Indian journal of veterinary science and animal husbandry - Volume 3,
Year: 1933
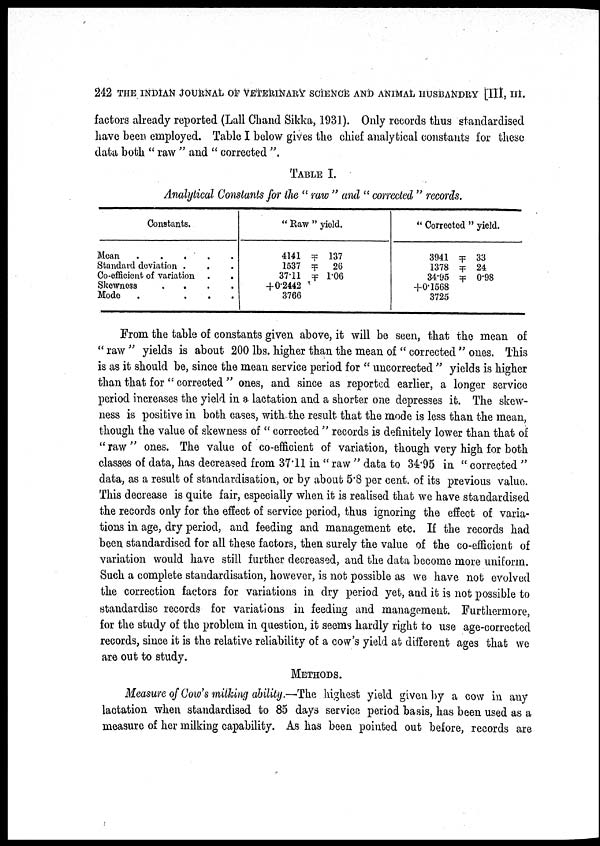
242 THE INDIAN JOURNAL OF VETERINARY SCIENCE AND ANIMAL HUSBANDRY [III, III.
factors already reported (Lall Chand Sikka, 1931). Only records thus standardised
have been employed. Table I below gives the chief analytical constants for these
data both " raw " and " corrected ".
TABLE I.
Analytical Constants for the " raw " and " corrected " records.
Constants.
Mean
.
.
.
.
.
Standard deviation .
.
Co-efficient of variation . .
Skewness
....
Mode
.
...
" Raw " yield.
4141 ╤ 137
1537 ╤ 26
37.11 ╤ 1.06
+0.2442
3766
" Corrected " yield.
3941 ╤ 33
1378 ╤ 24
34.95 ╤ 0.98
+0.1568
3725
From the table of constants given above, it will be seen, that the mean of
" raw " yields is about 200 lbs. higher than the mean of " corrected " ones. This
is as it should be, since the mean service period for " uncorrected " yields is higher
than that for " corrected" ones, and since as reported earlier, a longer service
period increases the yield in a lactation and a shorter one depresses it. The skew-
ness is positive in both cases, with the result that the mode is less than the mean,
though the value of skewness of " corrected " records is definitely lower than that of
" raw " ones. The value of co-efficient of variation, though very high for both
classes of data, has decreased from 37.11 in " raw " data to 34.95 in " corrected "
data, as a result of standardisation, or by about 5.8 per cent. of its previous value.
This decrease is quite fair, especially when it is realised that we have standardised
the records only for the effect of service period, thus ignoring the effect of varia-
tions in age, dry period, and feeding and management etc. If the records had
been standardised for all these factors, then surely the value of the co-efficient of
variation would have still further decreased, and the data become more uniform.
Such a complete standardisation, however, is not possible as we have not evolved
the correction factors for variations in dry period yet, and it is not possible to
standardise records for variations in feeding and management. Furthermore,
for the study of the problem in question, it seems hardly right to use age-corrected
records, since it is the relative reliability of a cow's yield at different ages that we
are out to study.
METHODS.
Measure of Cow's milking ability.—The highest yield given by a cow in any
lactation when standardised to 85 days service period basis, has been used as a
measure of her milking capability. As has been pointed out before, records are